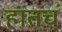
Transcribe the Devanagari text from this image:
हातचं